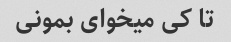
تا کی میخوای بمونی